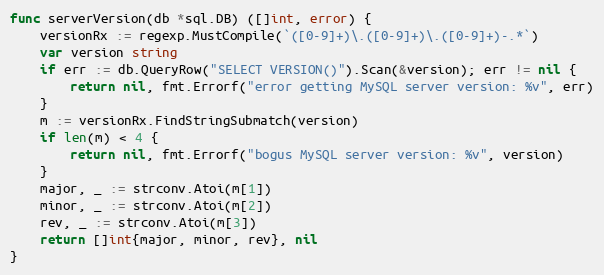
Language: Go
func serverVersion(db *sql.DB) ([]int, error) {
	versionRx := regexp.MustCompile(`([0-9]+)\.([0-9]+)\.([0-9]+)-.*`)
	var version string
	if err := db.QueryRow("SELECT VERSION()").Scan(&version); err != nil {
		return nil, fmt.Errorf("error getting MySQL server version: %v", err)
	}
	m := versionRx.FindStringSubmatch(version)
	if len(m) < 4 {
		return nil, fmt.Errorf("bogus MySQL server version: %v", version)
	}
	major, _ := strconv.Atoi(m[1])
	minor, _ := strconv.Atoi(m[2])
	rev, _ := strconv.Atoi(m[3])
	return []int{major, minor, rev}, nil
}